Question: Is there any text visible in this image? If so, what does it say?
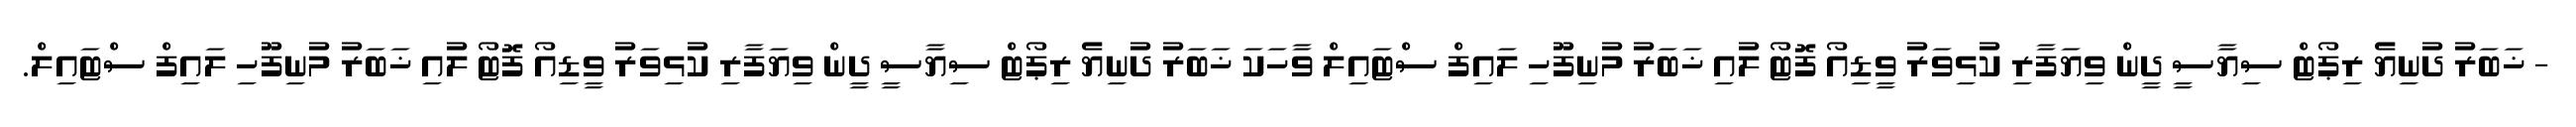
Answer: - ޚަބަރު ދުނިޔެ ރިޕޯޓް ސިޔާސީ ދީން ވިޔަފާރި ކުޅިވަރު ވީޑިއޯ ފޮޓޯ ލުއި ޚަބަރު މުނިފޫހި ލައިފް ސްޓައިލް ވާހަކަ ޚަބަރު ދުނިޔެ ރިޕޯޓް ސިޔާސީ ދީން ވިޔަފާރި ކުޅިވަރު ވީޑިއޯ ފޮޓޯ ލުއި ޚަބަރު މުނިފޫހި ލައިފް ސްޓައިލް.